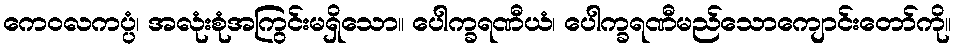
ကေဝလကပ္ပံ၊ အလုံးစုံအကြွင်းမရှိသော။ ပေါက္ခရဏီယံ၊ ပေါက္ခရဏီမည်သောကျောင်းတော်ကို။